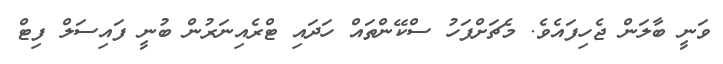
ވަނީ ބާލަން ޖެހިފައެވެ. މެޗަށްފަހު ސްކޭންތައް ހަދައި ޓްރެއިނަރުން ބުނީ ފައިސަލް ފިޓް